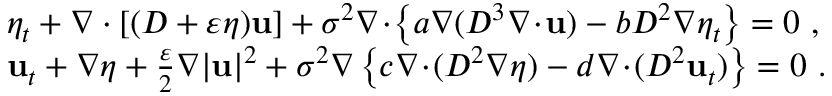
\begin{array} { r l } & { \eta _ { t } + \nabla \cdot [ ( D + \varepsilon \eta ) \mathbf { u } ] + \sigma ^ { 2 } \nabla \! \cdot \! \left\{ a \nabla ( D ^ { 3 } \nabla \! \cdot \! \mathbf { u } ) - b D ^ { 2 } \nabla \eta _ { t } \right\} = 0 \ , } \\ & { { \mathbf { u } } _ { t } + \nabla \eta + \frac { \varepsilon } { 2 } \nabla | \mathbf { u } | ^ { 2 } + \sigma ^ { 2 } \nabla \left\{ c \nabla \! \cdot \! ( D ^ { 2 } \nabla \eta ) - d \nabla \! \cdot \! ( D ^ { 2 } \mathbf { u } _ { t } ) \right\} = 0 \ . } \end{array}